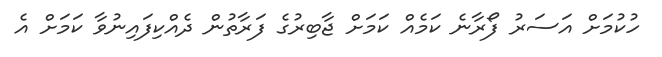
ހުކުމަށް އަސަރު ފޯރާނެ ކަމެއް ކަމަށް ޖާބިރުގެ ފަރާތުން ދެއްކިފައިނުވާ ކަމަށް އެ